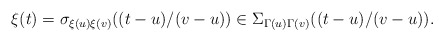
\begin{align*} \xi(t) = \sigma_{\xi(u)\xi(v)}((t-u)/(v-u)) \in \Sigma_{\Gamma(u) \Gamma(v)}((t-u)/(v-u)). \end{align*}